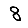
Digit: 8